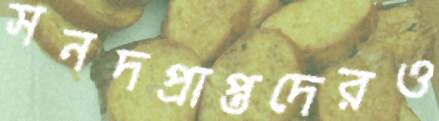
সনদপ্রাপ্তদেরও